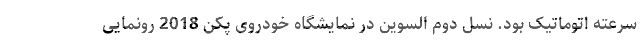
سرعته اتوماتیک بود. نسل دوم السوین در نمایشگاه خودروی پکن 2018 رونمایی